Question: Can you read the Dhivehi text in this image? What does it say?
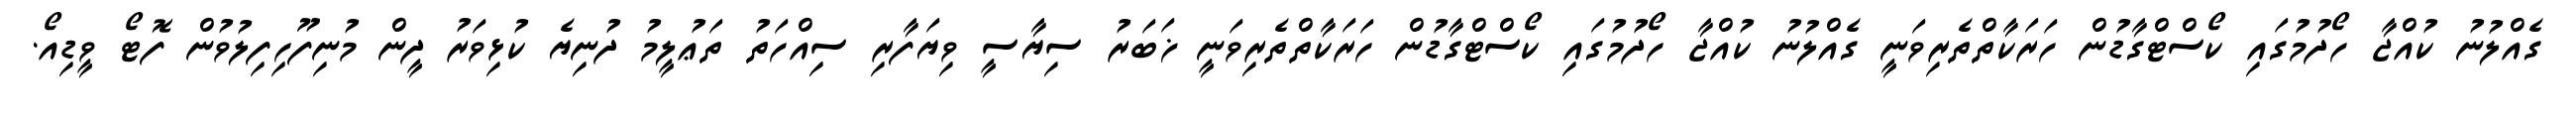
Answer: ގެއްލުނު ކުއްޖާ ހޯދުމުގައި ކޯސްޓްގާޑުން ހަރަކާތްތެރިވަނީ ގެއްލުނު ކުއްޖާ ހޯދުމުގައި ކޯސްޓްގާޑުން ހަރަކާތްތެރިވަނީ ޚަބަރު ސިޔާސީ ވިޔަފާރި ސިއްހަތު ތަޢުލީމު ދުނިޔެ ކުޅިވަރު ދީން މުނިފޫހިފިލުވުން ފޮޓޯ ވީޑިއޯ.